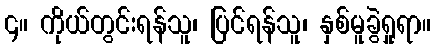
၄။ ကိုယ်တွင်းရန်သူ၊ ပြင်ရန်သူ၊ နှစ်မူခွဲရှုရာ။